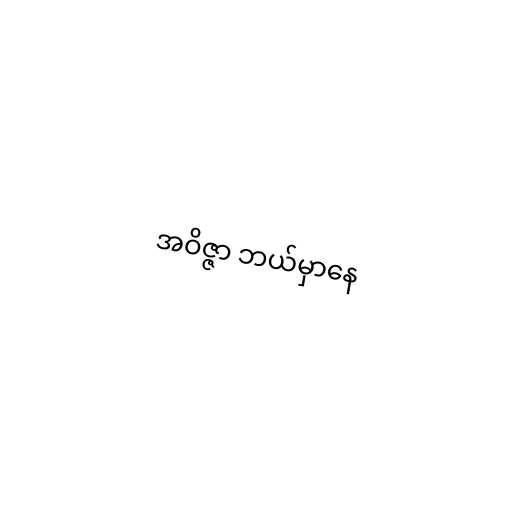
အဝိဇ္ဇာ ဘယ်မှာနေ